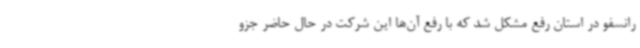
رانسفو در استان رفع مشکل شد که با رفع آن‌ها این شرکت در حال حاضر جزو